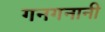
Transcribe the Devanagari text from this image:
गनगनानी